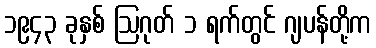
၁၉၄၃ ခုနှစ် ဩဂုတ် ၁ ရက်တွင် ဂျပန်တို့က